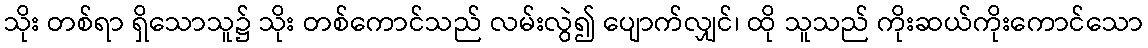
သိုး တစ်ရာ ရှိသောသူ၌ သိုး တစ်ကောင်သည် လမ်းလွဲ၍ ပျောက်လျှင်၊ ထို သူသည် ကိုးဆယ်ကိုးကောင်သော